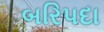
બરિપદા